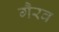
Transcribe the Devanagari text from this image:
गैरव